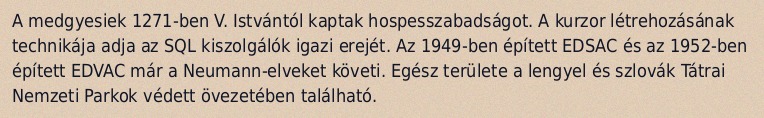
A medgyesiek 1271-ben V. Istvántól kaptak hospesszabadságot. A kurzor létrehozásának technikája adja az SQL kiszolgálók igazi erejét. Az 1949-ben épített EDSAC és az 1952-ben épített EDVAC már a Neumann-elveket követi. Egész területe a lengyel és szlovák Tátrai Nemzeti Parkok védett övezetében található.